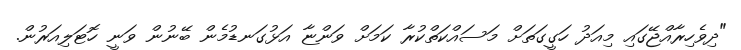
"ދިވެހިރާއްޖޭގައި މިއަދު ހަގީގަތަށް މަސައްކަތްކުރާ ކަމަށް ވަންޏާ އަޅުގަނޑުމެން ބޭނުން ވަނީ ހޮޓަލިއަރުން.